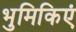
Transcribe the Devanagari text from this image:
भुमिकिएं